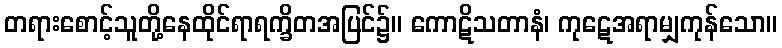
တရားစောင့်သူတို့နေထိုင်ရာရက္ခိတအပြင်၌။ ကောဋိသတာနံ၊ ကုဋေအရာမျှကုန်သော။